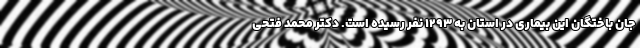
جان باختگان این بیماری در استان به ۱۲۹۳ نفر رسیده است. دکتر محمد فتحی